Indian journal of veterinary science and animal husbandry - Volumes 18-21, 1948-1951
Year: 1948
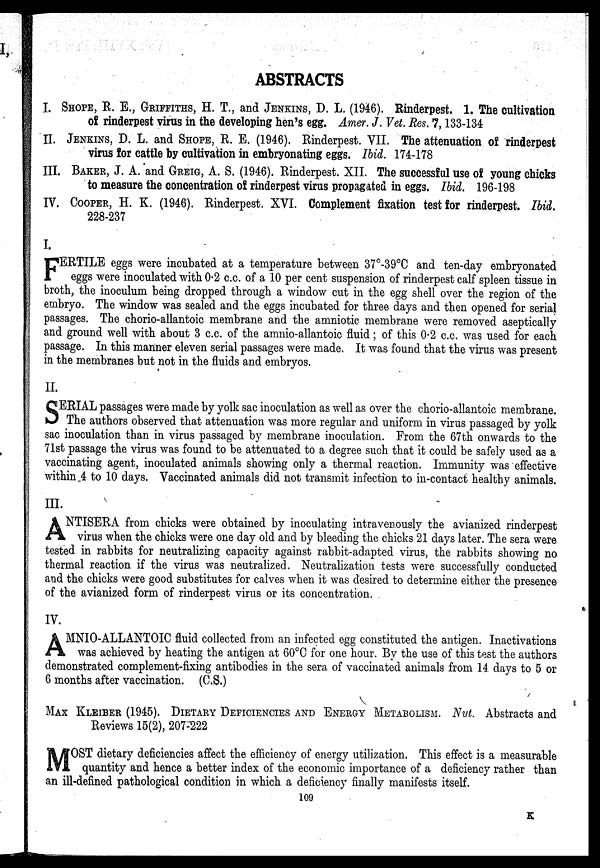
ABSTRACTS
I. SHOPE, E. E., GRIFFITHS, H. T., and JENKINS, D. L. (1946). Rinderpest. 1. The cultivation
of rinderpest virus in the developing hen's egg. Amer. J. Vet. Res. 7, 133-134
II. JENKINS, D. L. and SHOPE, R. E. (1946). Rinderpest. VII. The attenuation of rinderpest
virus for cattle by cultivation in embryonating eggs. Ibid. 174-178
III. BAKER, J. A. and GREIG, A. S. (1946). Rinderpest. XII. The successful use of young chicks
to measure the concentration of rinderpest virus propagated in eggs. Ibid. 196-198
IV. COOPER, H. K. (1946). Rinderpest. XVI. Complement fixation test for rinderpest. Ibid.
228-237
I.
F ERTILE eggs were incubated at a temperature between 37°-39°C and ten-day embryonated
eggs were inoculated with 0.2 c.c. of a 10 per cent suspension of rinderpest calf spleen tissue in
broth, the inoculum being dropped through a window cut in the egg shell over the region of the
embryo. The window was sealed and the eggs incubated for three days and then opened for serial
passages. The chorio-allantoic membrane and the amniotic membrane were removed aseptically
and ground well with about 3 c.c. of the amnio-allantoic fluid; of this 0.2 c.c. was used for each
passage. In this manner eleven serial passages were made. It was found that the virus was present
in the membranes but not in the fluids and embryos.
II.
S ERIAL passages were made by yolk sac inoculation as well as over the chorio-allantoic membrane.
The authors observed that attenuation was more regular and uniform in virus passaged by yolk
sac inoculation than in virus passaged by membrane inoculation. From the 67th onwards to the
71st passage the virus was found to be attenuated to a degree such that it could be safely used as a
vaccinating agent, inoculated animals showing only a thermal reaction. Immunity was effective
within 4 to 10 days. Vaccinated animals did not transmit infection to in-contact healthy animals.
III.
A NTISERA from chicks were obtained by inoculating intravenously the avianized rinderpest
virus when the chicks were one day old and by bleeding the chicks 21 days later. The sera were
tested in rabbits for neutralizing capacity against rabbit-adapted virus, the rabbits showing no
thermal reaction if the virus was neutralized. Neutralization tests were successfully conducted
and the chicks were good substitutes for calves when it was desired to determine either the presence
of the avianized form of rinderpest virus or its concentration.
IV.
A MNIO-ALLANTOIC fluid collected from an infected egg constituted the antigen. Inactivations
was achieved by heating the antigen at 60°C for one hour. By the use of this test the authors
demonstrated complement-fixing antibodies in the sera of vaccinated animals from 14 days to 5 or
6 months after vaccination. (C.S.)
MAX KLEIBER (1945). DIETARY DEFICIENCIES AND ENERGY METABOLISM. Nut. Abstracts and
Reviews 15(2), 207-222
M OST dietary deficiencies affect the efficiency of energy utilization. This effect is a measurable
quantity and hence a better index of the economic importance of a deficiency rather than
an ill-defined pathological condition in which a deficiency finally manifests itself.
109
K